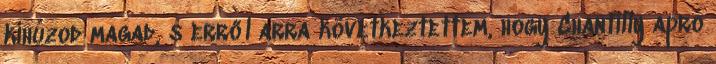
kihúzod magad, s erről arra következtettem, hogy Chantilly apró